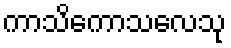
ကာသိကောသလေသု